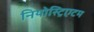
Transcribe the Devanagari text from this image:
नियोस्ट्रिएटम